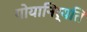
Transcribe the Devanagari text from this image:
गोयानिर्यति